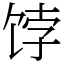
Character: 饽